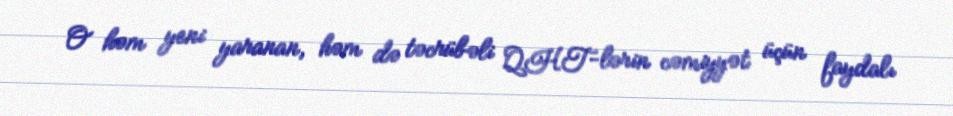
O həm yeni yaranan, həm də təcrübəli QHT-lərin cəmiyyət üçün faydalı